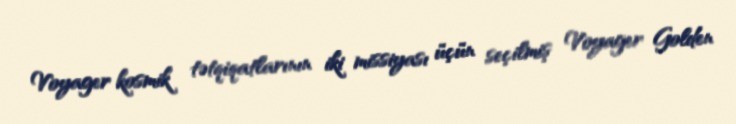
Voyager kosmik tətqiqatlarının iki missiyası üçün seçilmiş Voyager Golden